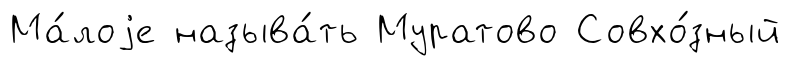
Ма́лоjе называ́ть Муратово Совхо́зный